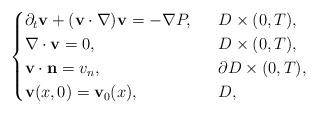
LaTeX: \begin{align*}\begin{cases}\partial_t\mathbf{v}+(\mathbf{v}\cdot \nabla)\mathbf{v}=-\nabla P,\ \ &D\times (0,T),\\\nabla\cdot \mathbf{v}=0,\ \ &D\times (0,T),\\\mathbf{v}\cdot \mathbf{n}=v_n,\ \ &\partial D\times (0,T),\\\mathbf{v}(x, 0)=\mathbf{v}_0(x), \ \ &D,\end{cases}\end{align*}